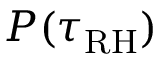
P ( \tau _ { \mathrm { R H } } )